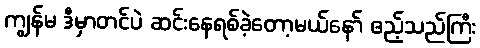
ကျွန်မ ဒီမှာတင်ပဲ ဆင်းနေရစ်ခဲ့တော့မယ်နော် ဧည့်သည်ကြီး